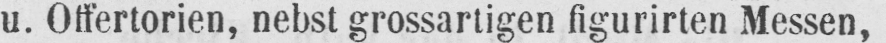
u. Offertorien, nebst grossartigen figurirten Messen,